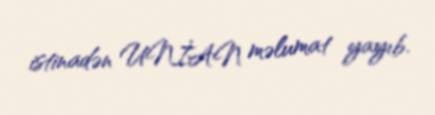
istinadən UNİAN məlumat yayıb.